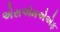
એસએમએએફ